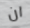
ان